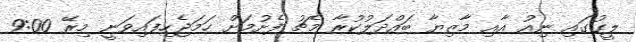
ލީގުގައި ނިއު އާއި މާޒިޔާ ބައްދަލުކުރާ މެޗު ފެށުމަށް ހަމަޖެހިފައިވަނީ މިރޭ 9:00